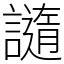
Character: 䜔